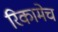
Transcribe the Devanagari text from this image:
रिकामेच